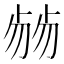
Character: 𠨂